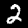
Label: 2